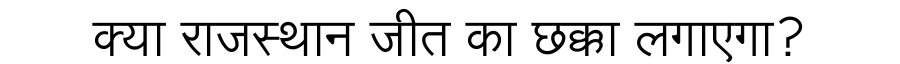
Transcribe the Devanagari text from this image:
क्या राजस्थान जीत का छक्का लगाएगा?